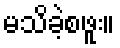
မသိခဲ့စဖူး။